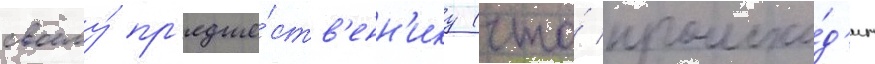
своему́ пр'едше́ств'енн'ику (что́ происхо́д'ит